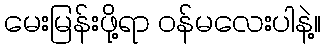
မေးမြန်းဖို့ရာ ဝန်မလေးပါနဲ့။